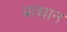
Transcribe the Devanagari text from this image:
बव्धान